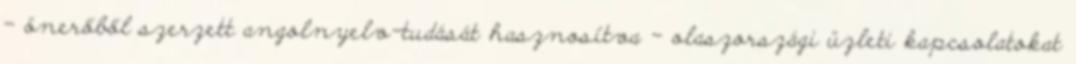
– önerőből szerzett angolnyelv-tudását hasznosítva – olaszországi üzleti kapcsolatokat